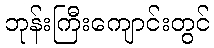
ဘုန်းကြီးကျောင်းတွင်